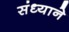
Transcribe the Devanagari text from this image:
संध्याने